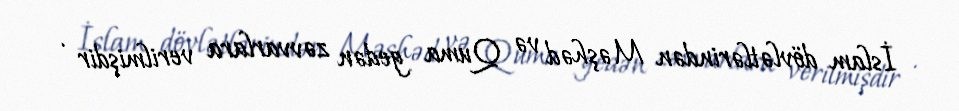
İslam dövlətlərindən Məşhəd və Quma gedən zəvvarlara verilmişdir .